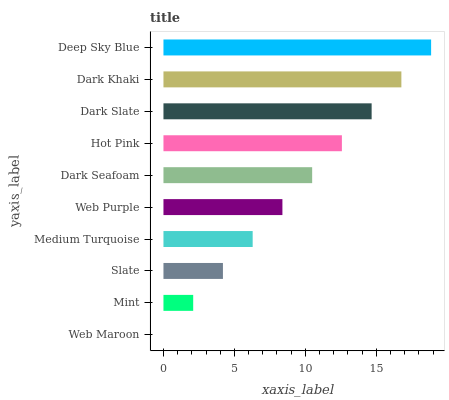
| yaxis_label | bars |
 | --- | --- |
 | Web Maroon | 0 |
 | Mint | 2.1 |
 | Slate | 4.19 |
 | Medium Turquoise | 6.29 |
 | Web Purple | 8.38 |
 | Dark Seafoam | 10.5 |
 | Hot Pink | 12.6 |
 | Dark Slate | 14.7 |
 | Dark Khaki | 16.8 |
 | Deep Sky Blue | 18.9 |